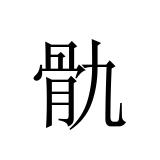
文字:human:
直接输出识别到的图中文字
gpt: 骩